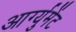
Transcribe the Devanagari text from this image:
आर्ग्युमेंट